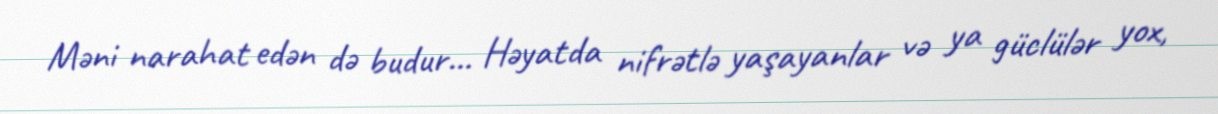
Məni narahat edən də budur... Həyatda nifrətlə yaşayanlar və ya güclülər yox,